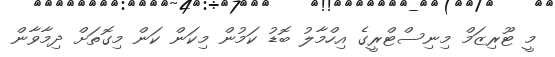
މީ ޓޫރިޒަމް މިނިސްޓްރީގެ އިހްމާލު ބޮޑު ކަމުން މިކަން ކަން މިގޮތަށް ދިމާވާން